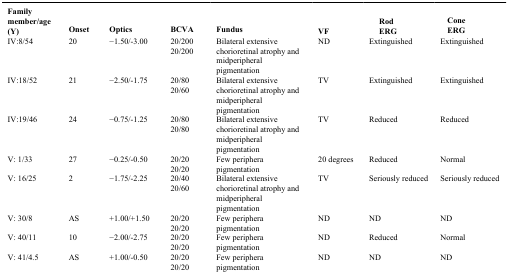
<table><thead><tr><td><b>Family member/age (Y)</b></td><td><b>Onset</b></td><td><b>Optics</b></td><td><b>BCVA</b></td><td><b>Fundus</b></td><td><b>VF</b></td><td><b>Rod ERG</b></td><td><b>Cone ERG</b></td></tr></thead><tbody><tr><td>IV:8/54</td><td>20</td><td>−1.50/-3.00</td><td>20/200 20/200</td><td>Bilateral extensive chorioretinal atrophy and midperipheral pigmentation</td><td>ND</td><td>Extinguished</td><td>Extinguished</td></tr><tr><td>IV:18/52</td><td>21</td><td>−2.50/-1.75</td><td>20/80 20/60</td><td>Bilateral extensive chorioretinal atrophy and midperipheral pigmentation</td><td>TV</td><td>Extinguished</td><td>Extinguished</td></tr><tr><td>IV:19/46</td><td>24</td><td>−0.75/-1.25</td><td>20/80 20/80</td><td>Bilateral extensive chorioretinal atrophy and midperipheral pigmentation</td><td>TV</td><td>Reduced</td><td>Reduced</td></tr><tr><td>V: 1/33</td><td>27</td><td>−0.25/-0.50</td><td>20/20 20/20</td><td>Few periphera pigmentation</td><td>20 degrees</td><td>Reduced</td><td>Normal</td></tr><tr><td>V: 16/25</td><td>2</td><td>−1.75/-2.25</td><td>20/40 20/60</td><td>Bilateral extensive chorioretinal atrophy and midperipheral pigmentation</td><td>TV</td><td>Seriously reduced</td><td>Seriously reduced</td></tr><tr><td>V: 30/8</td><td>AS</td><td>+1.00/+1.50</td><td>20/20 20/20</td><td>Few periphera pigmentation</td><td>ND</td><td>ND</td><td>ND</td></tr><tr><td>V: 40/11</td><td>10</td><td>−2.00/-2.75</td><td>20/20 20/20</td><td>Few periphera pigmentation</td><td>ND</td><td>Reduced</td><td>Normal</td></tr><tr><td>V: 41/4.5</td><td>AS</td><td>+1.00/-0.50</td><td>20/20 20/20</td><td>Few periphera pigmentation</td><td>ND</td><td>ND</td><td>ND</td></tr></tbody></table>